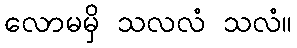
လောမမှိ သလလံ သလံ။